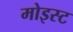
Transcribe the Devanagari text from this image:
मोइस्ट